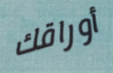
أوراقك